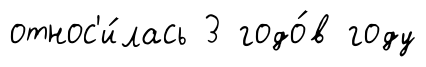
относ'и́лась 3 годо́в году